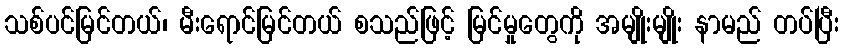
သစ်ပင်မြင်တယ်၊ မီးရောင်မြင်တယ် စသည်ဖြင့် မြင်မှုတွေကို အမျိုးမျိုး နာမည် တပ်ပြီး